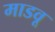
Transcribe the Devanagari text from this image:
माडवू